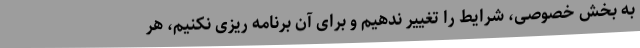
به بخش خصوصی، شرایط را تغییر ندهیم و برای آن برنامه ریزی نکنیم، هر